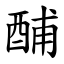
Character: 酺